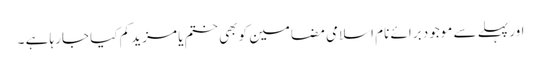
اور پہلے سے موجود برائے نام اسلامی مضامین کو بھی ختم یا مزید کم کیا جارہا ہے ۔